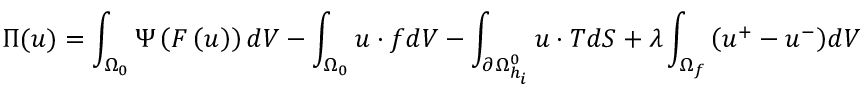
\Pi ( \boldsymbol { u } ) = \int _ { \Omega _ { 0 } } { \Psi \left( \boldsymbol { F } \left( \boldsymbol { u } \right) \right) d V } - \int _ { \Omega _ { 0 } } { \boldsymbol { u } \cdot \boldsymbol { f } d V } - \int _ { \partial \Omega _ { h _ { i } } ^ { 0 } } { \boldsymbol { u } \cdot \boldsymbol { T } d S } + \boldsymbol { \lambda } \int _ { \Omega _ { f } } { \left( \boldsymbol { u } ^ { + } - \boldsymbol { u } ^ { - } \right) } d V